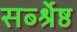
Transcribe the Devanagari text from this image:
सर्ब्श्रेष्ठ